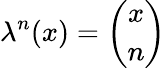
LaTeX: \lambda^{n}(x)={\binom{x}{n}}